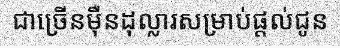
ជាច្រើនម៉ឺនដុល្លារសម្រាប់ផ្តល់ជូន